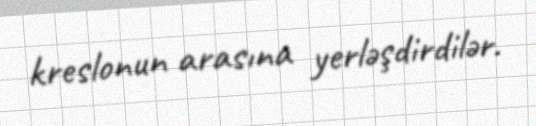
kreslonun arasına yerləşdirdilər.